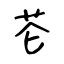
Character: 芲